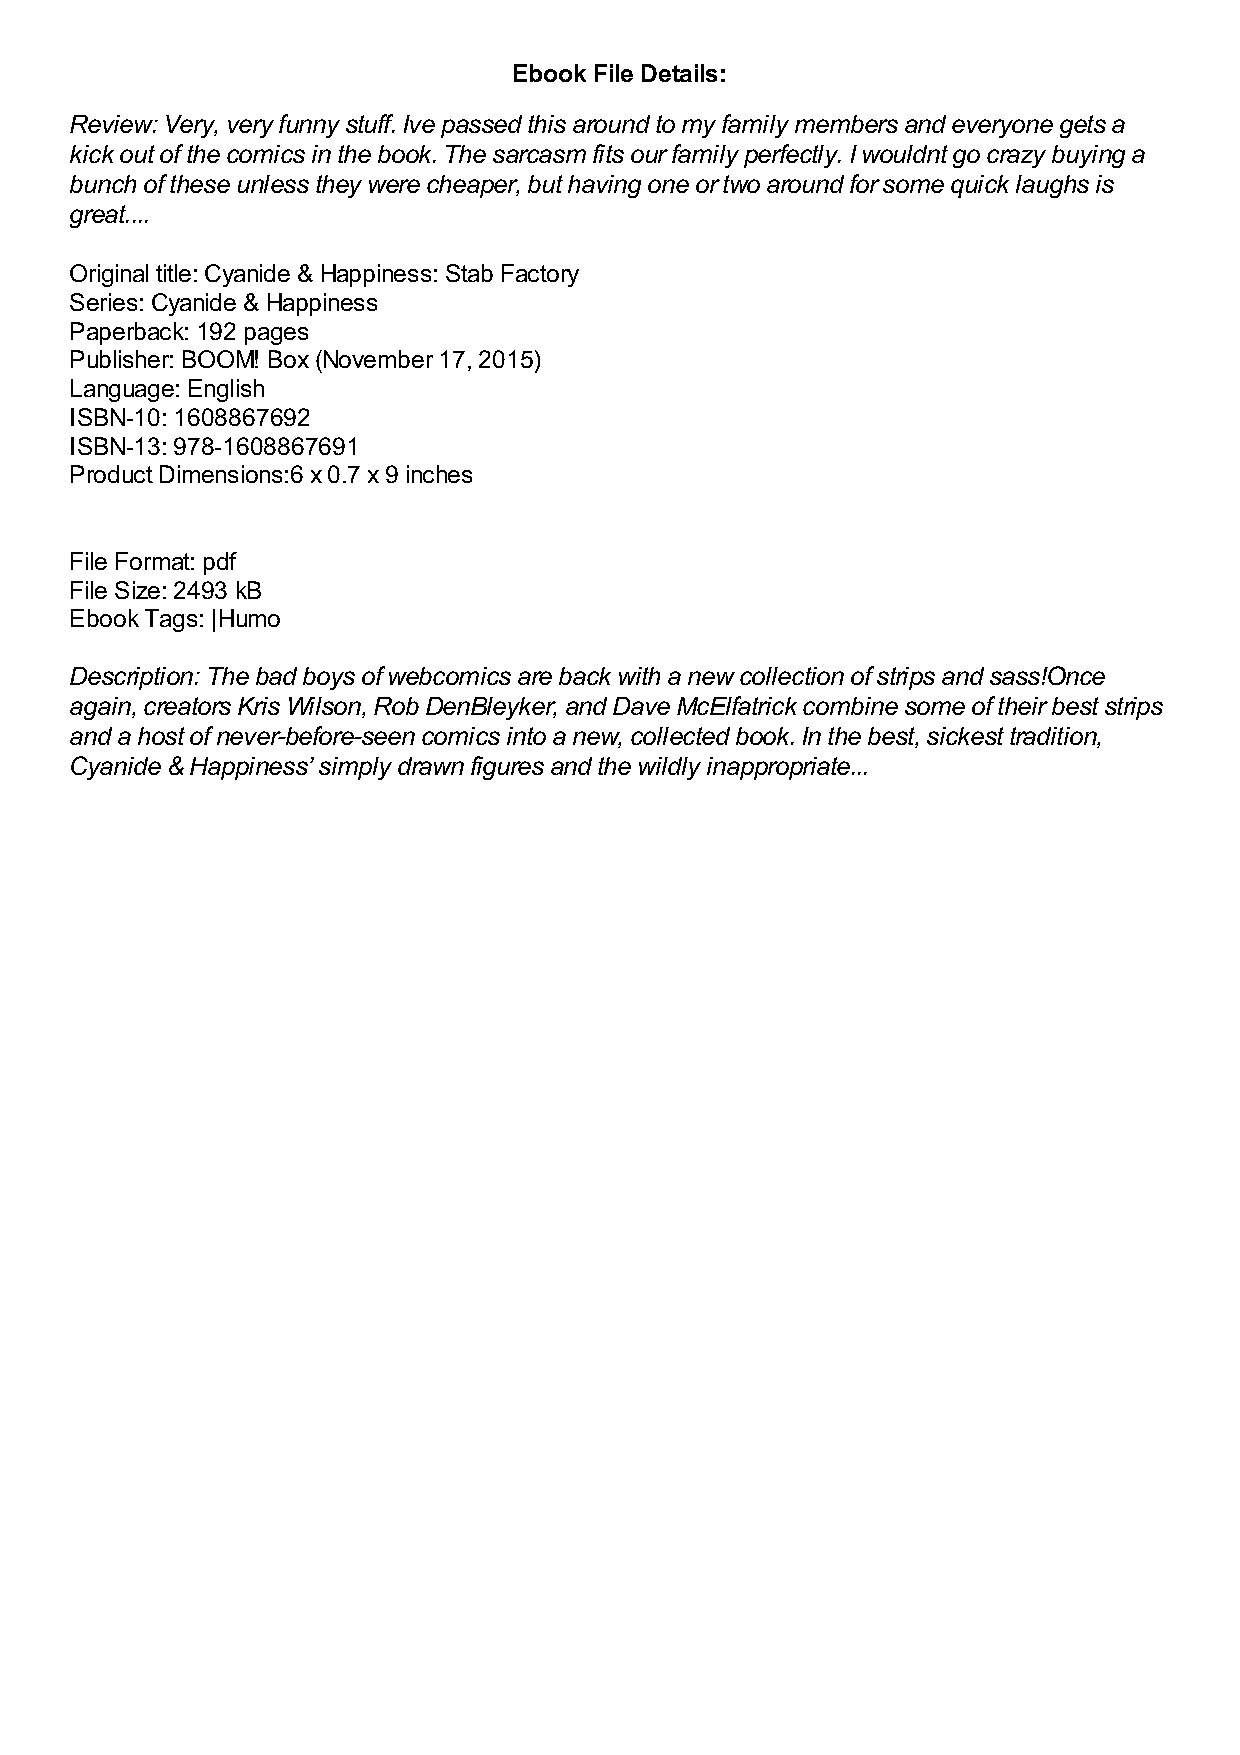
Ebook File Details:
 Review: Very, very funny stuff. Ive passed this around to my family members and everyone gets a
 kick out of the comics in the book. The sarcasm fits our family perfectly. I wouldnt go crazy buying a
 bunch of these unless they were cheaper, but having one or two around for some quick laughs is
 great....
 Original title: Cyanide & Happiness: Stab Factory
 Series: Cyanide & Happiness
 Paperback: 192 pages
 Publisher: BOOM! Box (November 17, 2015)
 Language: English
 ISBN-10: 1608867692
 ISBN-13: 978-1608867691
 Product Dimensions:6 x 0.7 x 9 inches
 File Format: pdf
 File Size: 2493 kB
 Ebook Tags: |Humo
 Description: The bad boys of webcomics are back with a new collection of strips and sass!Once
 again, creators Kris Wilson, Rob DenBleyker, and Dave McElfatrick combine some of their best strips
 and a host of never-before-seen comics into a new, collected book. In the best, sickest tradition,
 Cyanide & Happiness’ simply drawn figures and the wildly inappropriate...